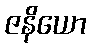
ဇနိယော